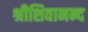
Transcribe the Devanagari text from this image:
श्रीशिवानन्द